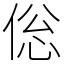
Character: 倊